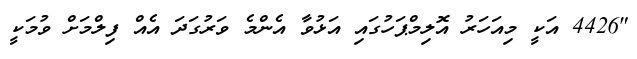
"4426 އަކީ މިއަހަރު އޮލިމްޕަހުގައި އަޅުވާ އެންމެ ވަރުގަދަ އެއް ފިލްމަށް ވުމަކީ